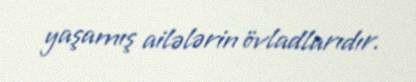
yaşamış ailələrin övladlarıdır.